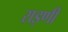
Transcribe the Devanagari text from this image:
राइणी